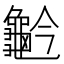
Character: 𪚬